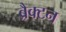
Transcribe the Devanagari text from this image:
ब्रैक्टन